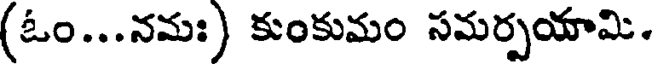
(ఓం...నమః) కుంకుమం సమర్పయామి.